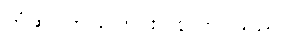
တံဆိပ်က ပြောင်းပြန် ကပ်သည်။